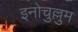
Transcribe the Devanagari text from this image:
इनोचुल्लुम